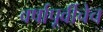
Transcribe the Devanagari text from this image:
वर्षापूर्वीचेच